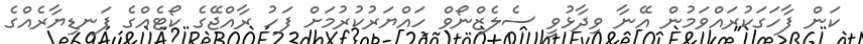
ކަން ފާހަގަކުރައްވަމުން އޭނާ ވިދާޅުވީ ސެލެޒްނޯވް ހައްޔަރުކުރުމަށް ފަހު ރާއްޖޭގެ ކޯޓެއްގެ ފަނޑިޔާރެއްގެ